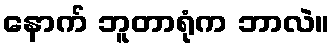
နောက် ဘူတာရုံက ဘာလဲ။